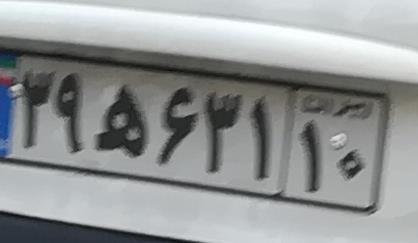
۳۹ه۶۳۱۱۰